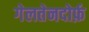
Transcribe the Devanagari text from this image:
गेलतेनदोर्फ़